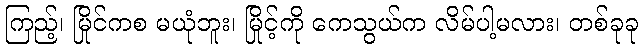
ကြည့်၊ မြိုင်ကစ မယုံဘူး၊ မြိုင့်ကို ကေသွယ်က လိမ်ပါ့မလား၊ တစ်ခုခု